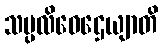
သမ္ပလိဝေဌေယျာတိ